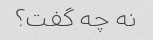
نه چه گفت؟